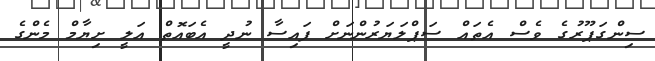
ސިންގަޕޫރުގެ ވެސް އެތައް ސަޕްލަޔަރުންނަށް ފައިސާ ނުދީ އެބައޮތް އަލީ ށިޔާމް މެންގެ